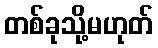
တစ်ခုသို့မဟုတ်